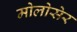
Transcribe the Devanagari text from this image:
मोलोसेर